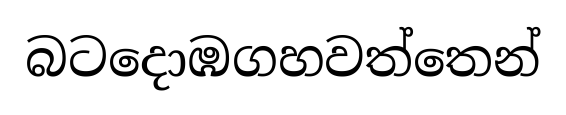
බටදොඹගහවත්තෙන්